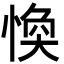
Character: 愌